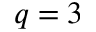
q = 3